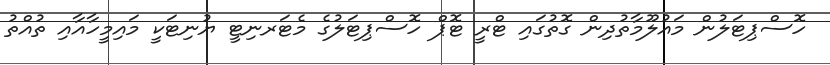
ހޮސްޕިޓަލުން މައުލޫމާތުދިން ގޮތުގައި ޓްރީ ޓޮޕް ހޮސްޕިޓަލުގެ މެޓަރނިޓީ ޔުނިޓަކީ މައިމީހާއާއި ތުއްތު